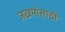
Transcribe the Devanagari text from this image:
जखमांसाठी